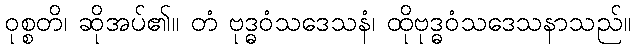
ဝုစ္စတိ၊ ဆိုအပ်၏။ တံ ဗုဒ္ဓဝံသဒေသနံ၊ ထိုဗုဒ္ဓဝံသဒေသနာသည်။